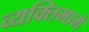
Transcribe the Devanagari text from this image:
व्यक्तिमामे